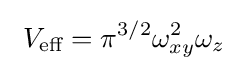
\ V_{\text{eff}}=\pi ^{3/2}\omega _{xy}^{2}\omega _{z}